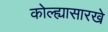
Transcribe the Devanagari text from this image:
कोल्ह्यासारखे